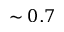
\sim 0 . 7